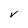
Character: V